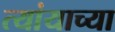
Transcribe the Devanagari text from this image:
त्यांयाच्या